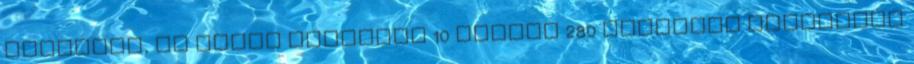
pénteken, az eurót délelőtt 10 órakor 280 forinton jegyezték